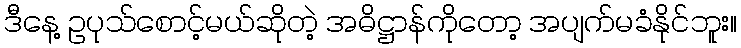
ဒီနေ့ ဥပုသ်စောင့်မယ်ဆိုတဲ့ အဓိဋ္ဌာန်ကိုတော့ အပျက်မခံနိုင်ဘူး။